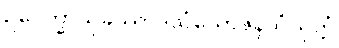
ဥပေက္ခာသုခဿာဒသံယောဇနသံယုတ္တံ